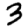
Digit: 3